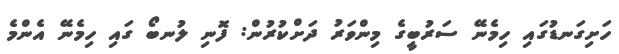
ހަށިގަނޑުގައި ހިމެނޭ ސަރުބީގެ މިންވަރު ދަށްކުރުން: ފޮނި ލުނބޯ ގައި ހިމެނޭ އެންމެ